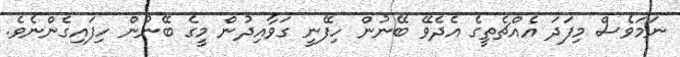
ނަމަވެސް މިފަދަ އެއްޗެތީގެ އެދެވޭ ބޭނުން ހިފޭނީ ގަވާއިދުން މީގެ ބޭނުން ހިފައިގެންނެވެ.